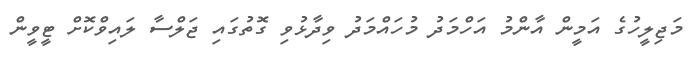
މަޖިލީހުގެ އަމީން އާންމު އަހްމަދު މުހައްމަދު ވިދާޅުވި ގޮތުގައި ޖަލްސާ ލައިވްކޮށް ޓީވީން